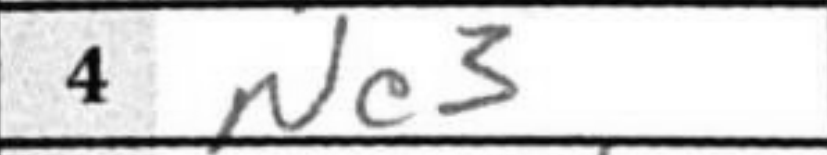
Transcription: Nc3